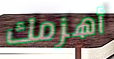
أهزمك